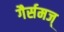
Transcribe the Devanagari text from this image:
गैर्समज्